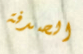
الصدفة